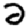
Digit: 2